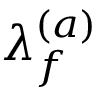
\lambda _ { f } ^ { ( a ) }